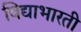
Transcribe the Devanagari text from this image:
विद्याभारती